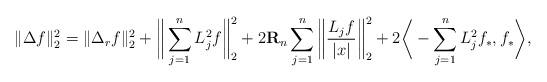
LaTeX: \begin{align*} \|\Delta f\|_{2}^2 = \|\Delta_r f \|_{2}^2 + \bigg\| \sum_{j=1}^n L_j^2f \bigg\|_{2}^2 + 2\mathbf{R}_{n} \sum_{j=1}^n \bigg\| \frac{L_jf}{|x|} \bigg\|_{2}^2 + 2\bigg\langle -\sum_{j=1}^n L_j^2 f_*, f_* \bigg\rangle,\end{align*}